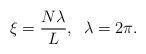
LaTeX: \begin{align*}\xi = \frac{N \lambda}{L}, \;\;\lambda =2\pi.\end{align*}